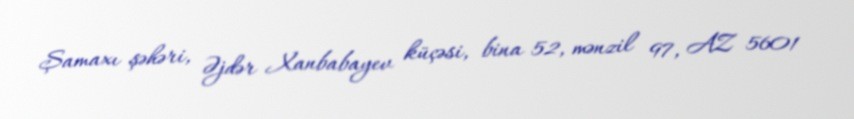
Şamaxı şəhəri, Əjdər Xanbabayev küçəsi, bina 52, mənzil 97, AZ 5601